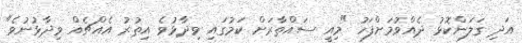
އަދި ގަލަންކޮޅު ދެއްވުމަށްފަހު "މިއީ ސައްތާރަށް ކަމުގައި ވިދާޅުވެ އިތުރު އެއްޗެއް ވިދާޅުނުވެ"